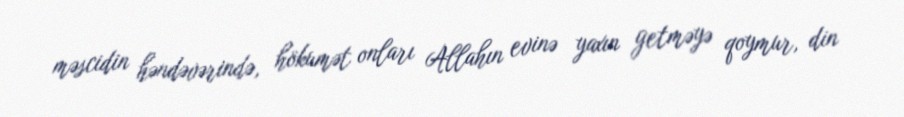
məscidin həndəvərində, hökumət onları Allahın evinə yaxın getməyə qoymur, din